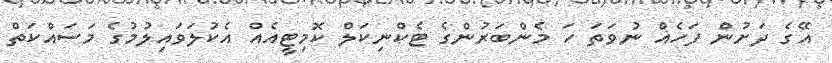
އޭގެ ދަށުން ފަހެއް ނުވަތަ ހަ މެންބަރުންގެ ޓެކްނިކަލް ކޮމިޓީއެއް އެކުލަވައިލުމުގެ މަސައްކަތް